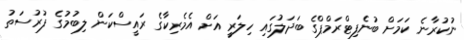
ނުކުރާނެ ކަމަށް ބުނެފިޓްރަމްޕްގެ ބަދަލުގައި ހިލަރީ އަށް އެމެރިކާގެ ރައީސްކަން ލިބުމުގެ ފުރުސަތު